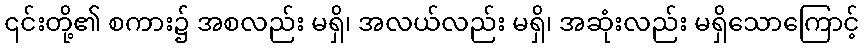
၎င်းတို့၏ စကား၌ အစလည်း မရှိ၊ အလယ်လည်း မရှိ၊ အဆုံးလည်း မရှိသောကြောင့်